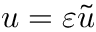
u = \varepsilon \widetilde u